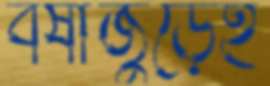
বর্ষাজুড়েই